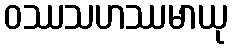
ဝဿသဟဿမာယု